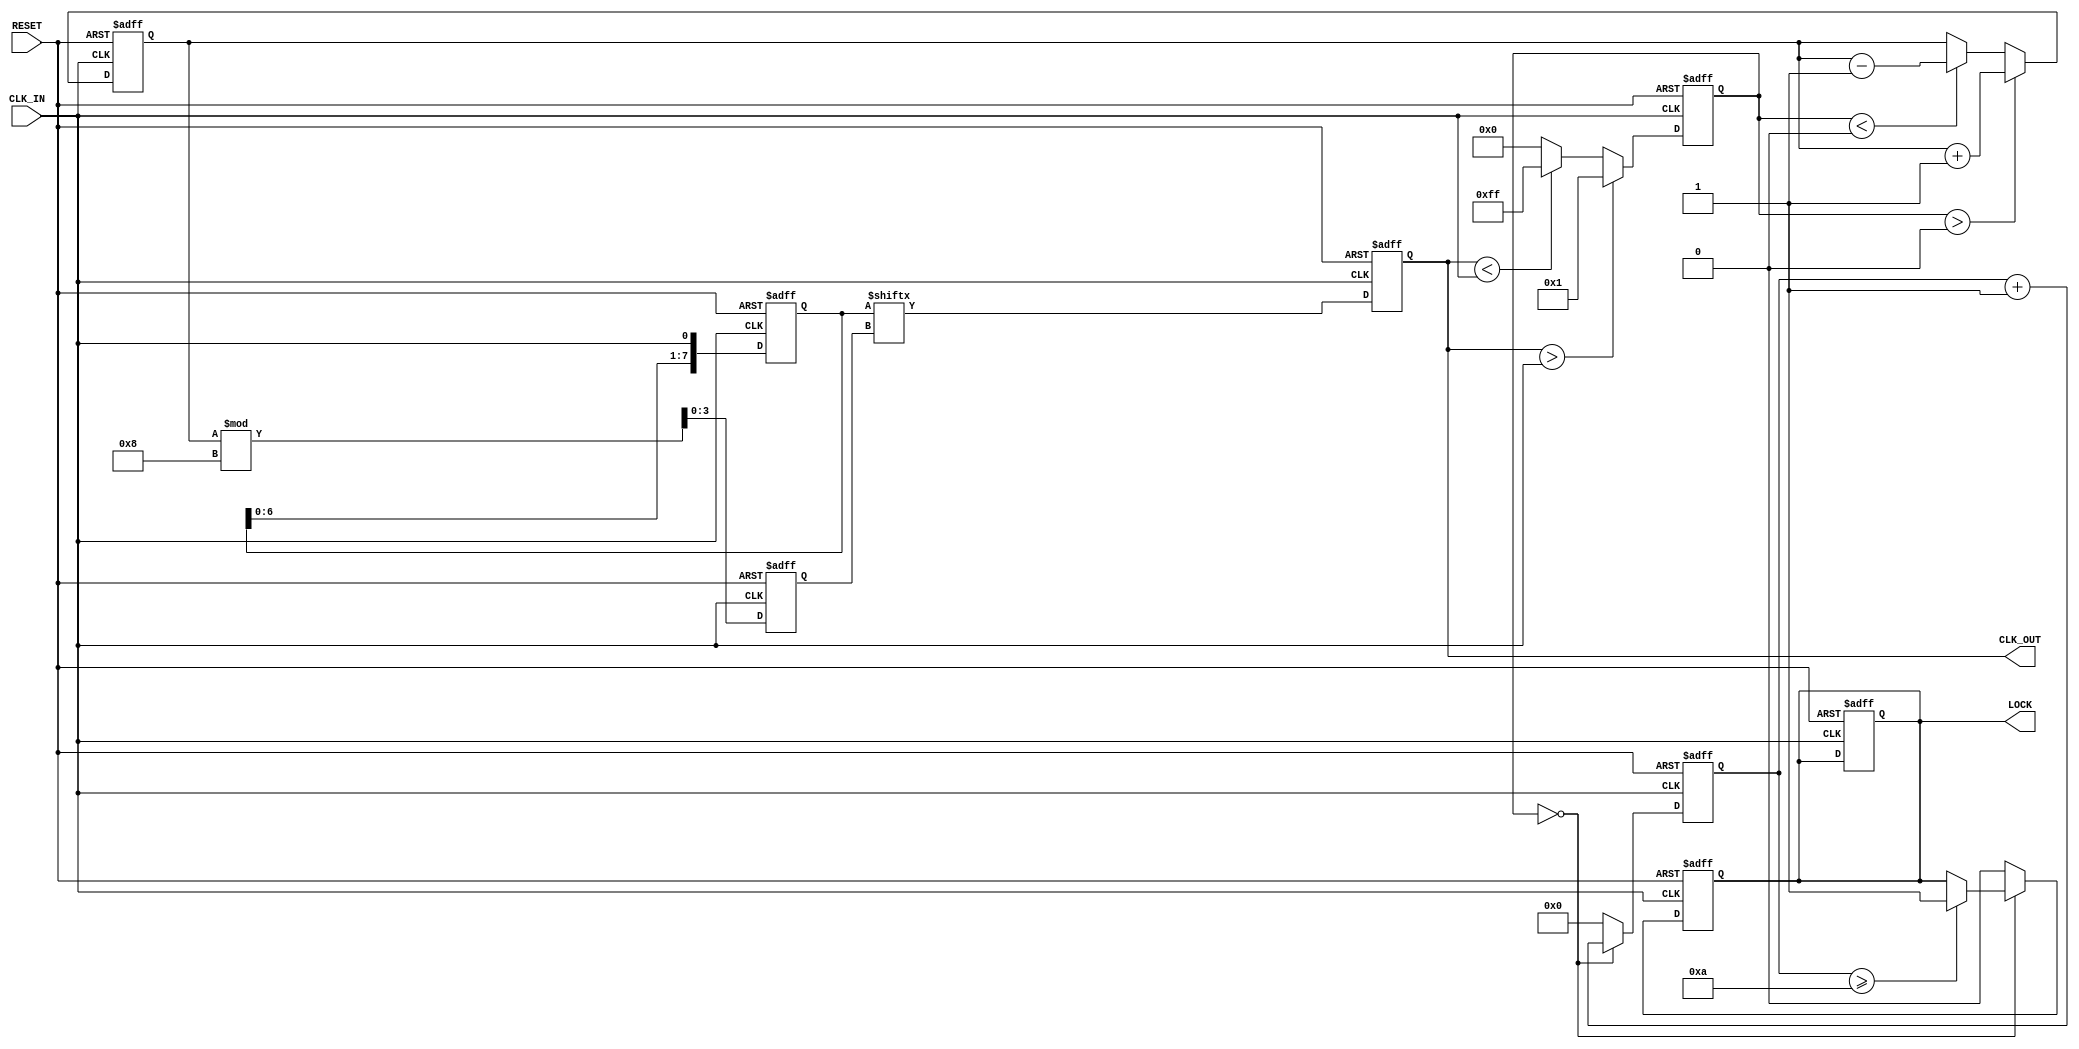
module MemoryBlocksDLL (
    input wire CLK_IN,          // Input clock
    input wire RESET,           // Reset signal
    output reg CLK_OUT,         // Output clock
    output reg LOCK             // Lock signal
);

    // Parameters for DLL
    parameter NUM_DELAY_STAGES = 8; // Number of delay stages
    parameter DELAY_STEP = 1;        // Delay step in time units

    // Internal signals
    reg [NUM_DELAY_STAGES-1:0] delay_line; // Delay line (memory blocks)
    reg [NUM_DELAY_STAGES-1:0] phase_error; // Phase error signals
    reg [3:0] control_signal; // Control signal for VCDL
    reg [3:0] delay_index;    // Current delay index
    reg [3:0] lock_counter;    // Lock counter
    reg lock_condition;        // Lock condition flag

    // Phase Detector (PD)
    always @(posedge CLK_IN or posedge RESET) begin
        if (RESET) begin
            phase_error <= 0;
            LOCK <= 0;
        end else begin
            // Compare CLK_IN and CLK_OUT to generate phase error
            // This is a placeholder for actual phase detection logic
            if (CLK_OUT > CLK_IN) begin
                phase_error <= 1; // CLK_OUT is leading
            end else if (CLK_OUT < CLK_IN) begin
                phase_error <= -1; // CLK_OUT is lagging
            end else begin
                phase_error <= 0; // Aligned
            end
        end
    end

    // Loop Filter (LF) - Simple integrator for smoothing the phase error
    always @(posedge CLK_IN or posedge RESET) begin
        if (RESET) begin
            control_signal <= 0;
        end else begin
            if (phase_error > 0) begin
                control_signal <= control_signal + 1; // Increase delay
            end else if (phase_error < 0) begin
                control_signal <= control_signal - 1; // Decrease delay
            end
        end
    end

    // Voltage-Controlled Delay Line (VCDL)
    always @(posedge CLK_IN or posedge RESET) begin
        if (RESET) begin
            delay_index <= 0;
            CLK_OUT <= 0;
        end else begin
            // Update delay line based on control signal
            delay_index <= control_signal % NUM_DELAY_STAGES; // Wrap around
            CLK_OUT <= delay_line[delay_index]; // Select output from delay line
        end
    end

    // Feedback path (Update delay line with CLK_IN)
    always @(posedge CLK_IN or posedge RESET) begin
        if (RESET) begin
            delay_line <= 0;
        end else begin
            // Shift register for delay line
            delay_line <= {delay_line[NUM_DELAY_STAGES-2:0], CLK_IN}; // Shift in CLK_IN
        end
    end

    // Lock Detection Logic
    always @(posedge CLK_IN or posedge RESET) begin
        if (RESET) begin
            lock_counter <= 0;
            LOCK <= 0;
        end else begin
            if (phase_error == 0) begin
                lock_counter <= lock_counter + 1;
                if (lock_counter >= 4'd10) begin // Example threshold
                    LOCK <= 1; // Lock achieved
                end
            end else begin
                lock_counter <= 0; // Reset counter on phase error
                LOCK <= 0; // Not locked
            end
        end
    end

endmodule